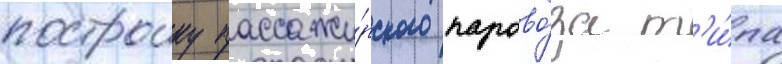
построику пассажи́рского парово́за т'и́па